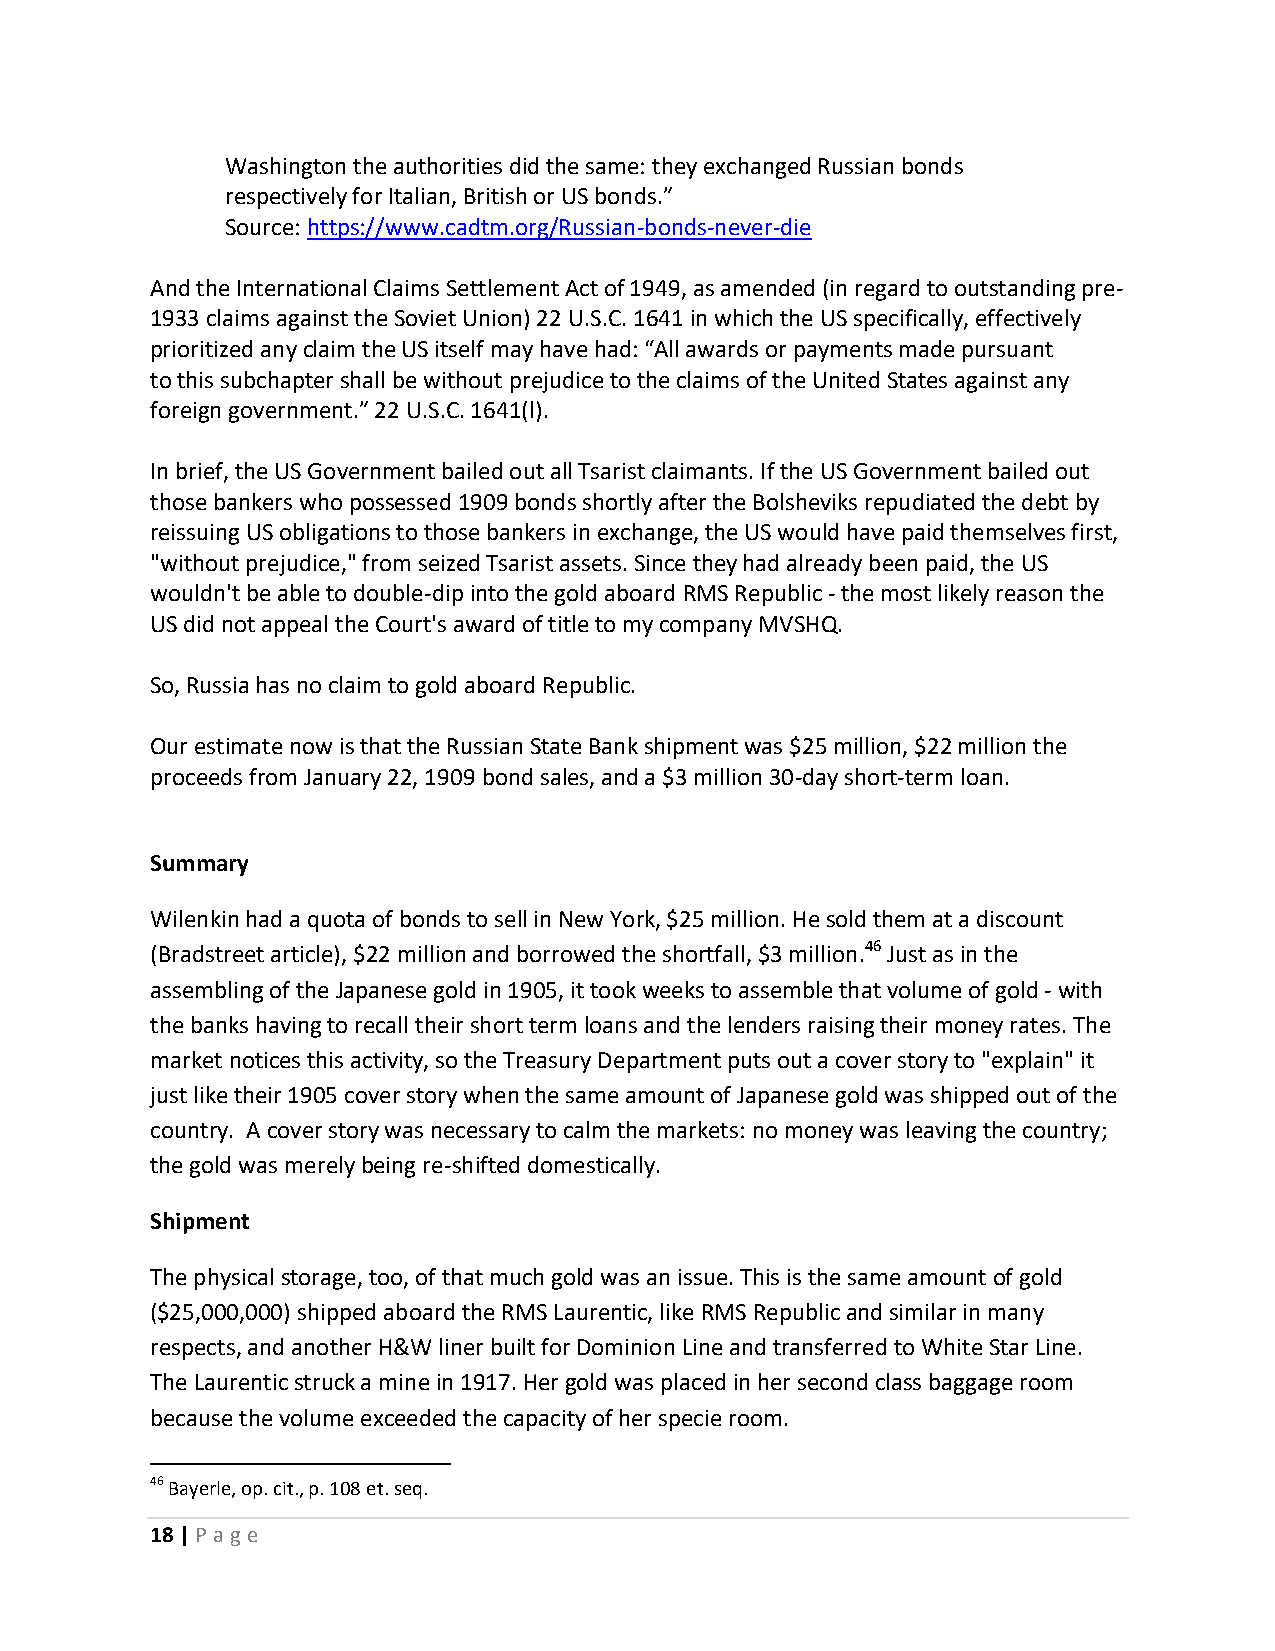
Washington the authorities did the same: they exchanged Russian bonds
 respectively for Italian, British or US bonds.”
 Source: https://www.cadtm.org/Russian-bonds-never-die
 And the International Claims Settlement Act of 1949, as amended (in regard to outstanding pre-
 1933 claims against the Soviet Union) 22 U.S.C. 1641 in which the US specifically, effectively
 prioritized any claim the US itself may have had: “All awards or payments made pursuant
 to this subchapter shall be without prejudice to the claims of the United States against any
 foreign government.” 22 U.S.C. 1641(l).
 In brief, the US Government bailed out all Tsarist claimants. If the US Government bailed out
 those bankers who possessed 1909 bonds shortly after the Bolsheviks repudiated the debt by
 reissuing US obligations to those bankers in exchange, the US would have paid themselves first,
 "without prejudice," from seized Tsarist assets. Since they had already been paid, the US
 wouldn't be able to double-dip into the gold aboard RMS Republic - the most likely reason the
 US did not appeal the Court's award of title to my company MVSHQ.
 So, Russia has no claim to gold aboard Republic.
 Our estimate now is that the Russian State Bank shipment was $25 million, $22 million the
 proceeds from January 22, 1909 bond sales, and a $3 million 30-day short-term loan.
 Summary
 Wilenkin had a quota of bonds to sell in New York, $25 million. He sold them at a discount
 (Bradstreet article), $22 million and borrowed the shortfall, $3 million.46 Just as in the
 assembling of the Japanese gold in 1905, it took weeks to assemble that volume of gold - with
 the banks having to recall their short term loans and the lenders raising their money rates. The
 market notices this activity, so the Treasury Department puts out a cover story to "explain" it
 just like their 1905 cover story when the same amount of Japanese gold was shipped out of the
 country. A cover story was necessary to calm the markets: no money was leaving the country;
 the gold was merely being re-shifted domestically.
 Shipment
 The physical storage, too, of that much gold was an issue. This is the same amount of gold
 ($25,000,000) shipped aboard the RMS Laurentic, like RMS Republic and similar in many
 respects, and another H&W liner built for Dominion Line and transferred to White Star Line.
 The Laurentic struck a mine in 1917. Her gold was placed in her second class baggage room
 because the volume exceeded the capacity of her specie room.
 46 Bayerle, op. cit., p. 108 et. seq.
 18 | P age